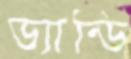
ড্যান্ডি